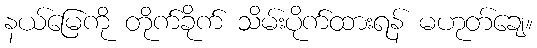
နယ်မြေကို တိုက်ခိုက် သိမ်းပိုက်ထားရန် မဟုတ်ချေ။